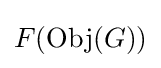
F(\operatorname {Obj} (G))